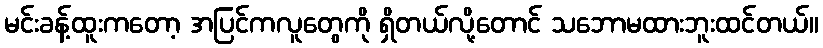
မင်းခန့်ထူးကတော့ အပြင်ကလူတွေကို ရှိတယ်လို့တောင် သဘောမထားဘူးထင်တယ်။